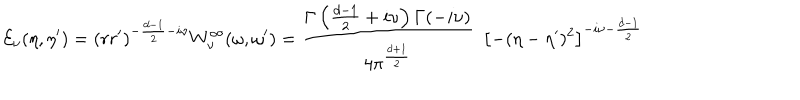
{ \cal E } _ { \nu } ( \eta , \eta ^ { \prime } ) = ( r r ^ { \prime } ) ^ { - \frac { d - 1 } { 2 } - i \nu } { W } _ { \nu } ^ { \infty } ( { \omega } , { \omega } ^ { \prime } ) = \frac { \Gamma \left( \frac { d - 1 } { 2 } + i \nu \right) \Gamma ( - i \nu ) } { 4 \pi ^ { \frac { d + 1 } { 2 } } } \ \ \left[ - ( \eta - \eta ^ { \prime } ) ^ { 2 } \right] ^ { - i \nu - \frac { d - 1 } { 2 } }